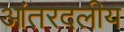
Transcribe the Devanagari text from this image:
आंतरदलीय